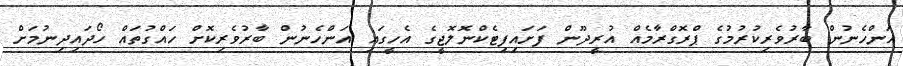
އަންހެނުން ބާރުވެރިކުރުމުގެ ޕްރޮގްރާމެއް އުރީދޫން ފަށައިފިޓެކްނޮލޮޖީގެ އެހީގައި އަންހެނުން ބާރުވެރިކޮށް ހައްގުތައް ހޯދައިދިނުމަށް